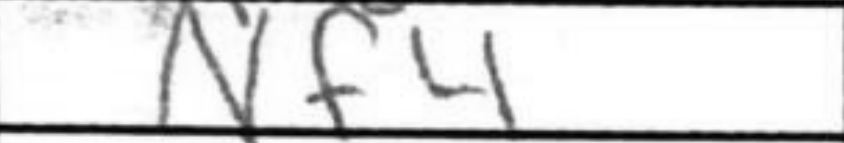
Transcription: Nf4